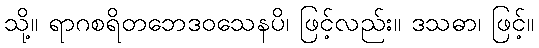
သို့။ ရာဂစရိတဘေဒဝသေနပိ၊ ဖြင့်လည်း။ ဒသဓာ၊ ဖြင့်။